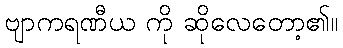
ဗျာကရဏီယ ကို ဆိုလေတော့၏။